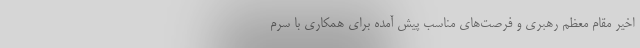
اخیر مقام معظم رهبری و فرصت‌های مناسب پیش آمده برای همکاری با سرم